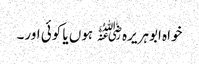
خواہ ابوہریرہ﷜ ہوں یا کوئی اور۔